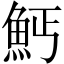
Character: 𲌱